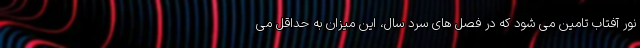
نور آفتاب تامین می شود که در فصل های سرد سال، این میزان به حداقل می